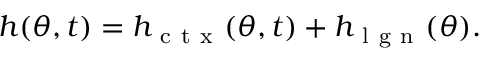
h ( \theta , t ) = h _ { \mathrm { ~ c ~ t ~ x ~ } } ( \theta , t ) + h _ { \mathrm { ~ l ~ g ~ n ~ } } ( \theta ) .